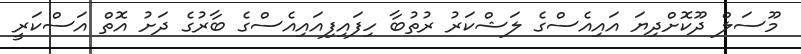
މޫސަލް ދޫކޮށްދިޔަ އައިއެސްގެ ލަޝްކަރު ރުތުބާ ހިފައިފިއައިއެސްގެ ބާރުގެ ދަށު އޮތް އަސްކަރީ